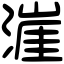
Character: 漄